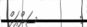
:         ސަންއަށް